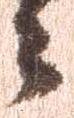
々